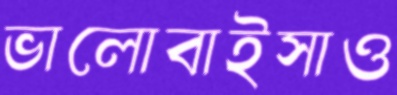
ভালোবাইসাও